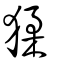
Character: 猱